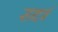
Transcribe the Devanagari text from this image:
सन्दर्ब